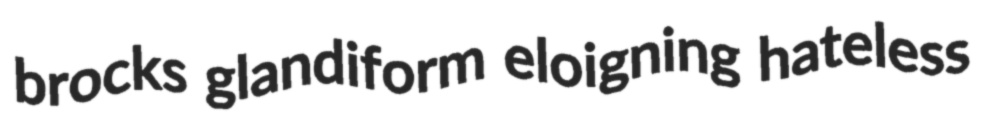
brocks glandiform eloigning hateless